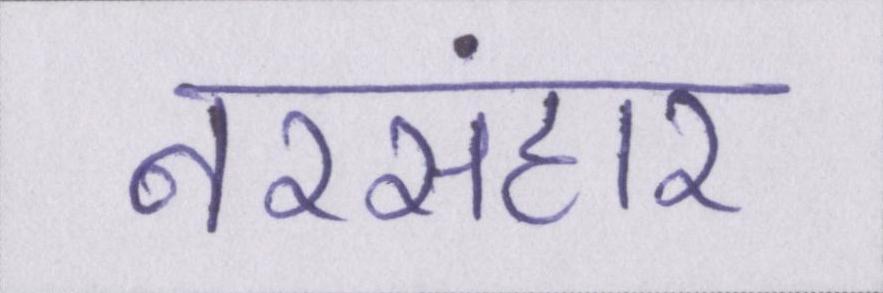
नरसंहार